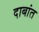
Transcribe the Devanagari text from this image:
दाबांत